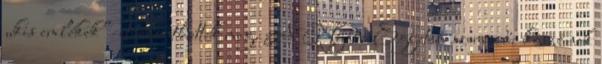
„kis emlékek”-et tekinthettek meg. A Nyári Egyetem szervezői köszönik